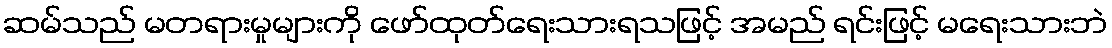
ဆမ်သည် မတရားမှုများကို ဖော်ထုတ်ရေးသားရသဖြင့် အမည် ရင်းဖြင့် မရေးသားဘဲ